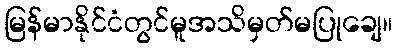
မြန်မာနိုင်ငံတွင်မူအသိမှတ်မပြုချေ။